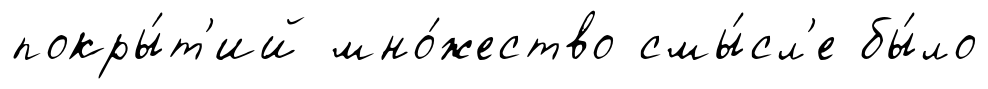
покры́т'ий мно́жество смы́сл'е бы́ло